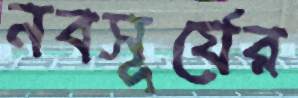
নবসূর্যের